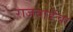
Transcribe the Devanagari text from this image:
राजवाडेंचा